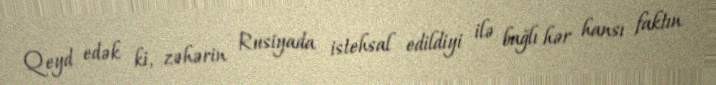
Qeyd edək ki, zəhərin Rusiyada istehsal edildiyi ilə bağlı hər hansı faktın